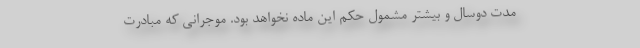
مدت دوسال و بیشتر مشمول حکم این ماده نخواهد بود. موجرانی که مبادرت